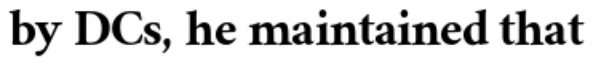
by DCs, he maintained that